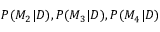
P ( M _ { 2 } | D ) , P ( M _ { 3 } | D ) , P ( M _ { 4 } | D )